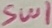
Text: SW1